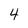
Character: 4